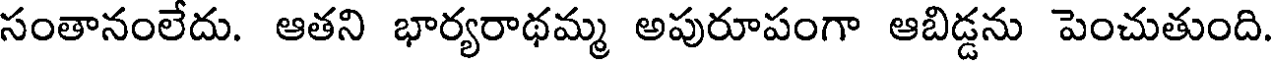
సంతానంలేదు. ఆతని భార్యరాథమ్మ అపురూపంగా ఆబిడ్డను పెంచుతుంది